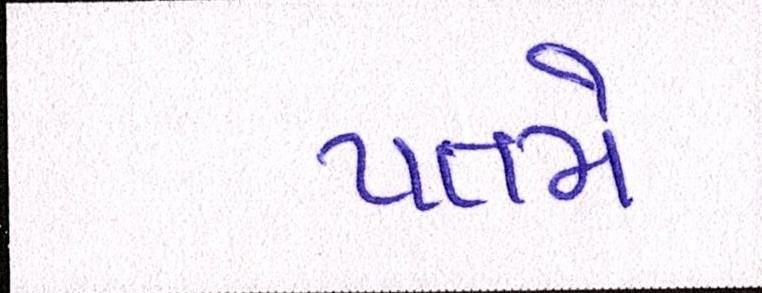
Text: પતમે